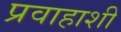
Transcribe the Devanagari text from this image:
प्रवाहाशी